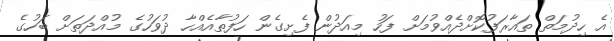
އެ ހިދުމަތް ތައާރަފުކޮށްދެއްވުމަށް ފަހު މިއަދުން ފެށިގެން ހަފުތާއެއްހާ ދުވަހުގެ މުއްދަތަށް ބަހުގެ